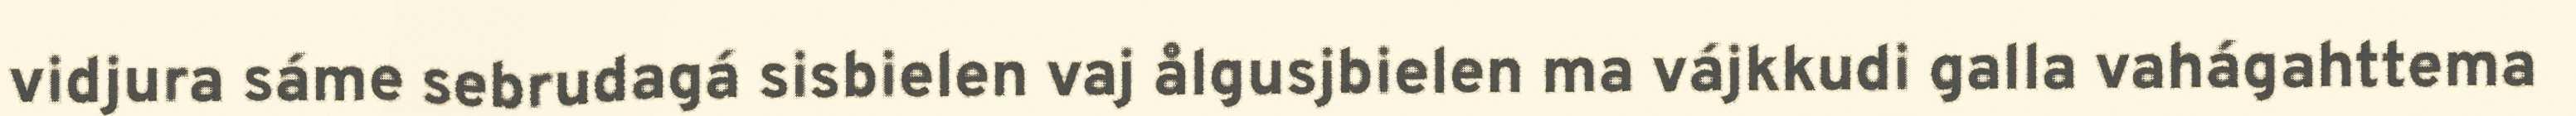
vidjura sáme sebrudagá sisbielen vaj ålgusjbielen ma vájkkudi galla vahágahttema